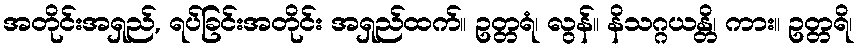
အတိုင်းအရှည်, ရပ်ခြင်းအတိုင်း အရှည်ထက်။ ဥတ္တရံ၊ လွန်။ နိသဂ္ဂယန္တိ၊ ကား။ ဥတ္တရိ၊